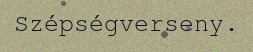
Szépségverseny.